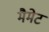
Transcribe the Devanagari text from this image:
मैमेट